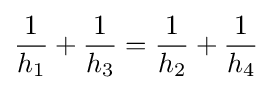
{\frac {1}{h_{1}}}+{\frac {1}{h_{3}}}={\frac {1}{h_{2}}}+{\frac {1}{h_{4}}}